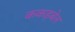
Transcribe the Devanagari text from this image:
ककड़बेल